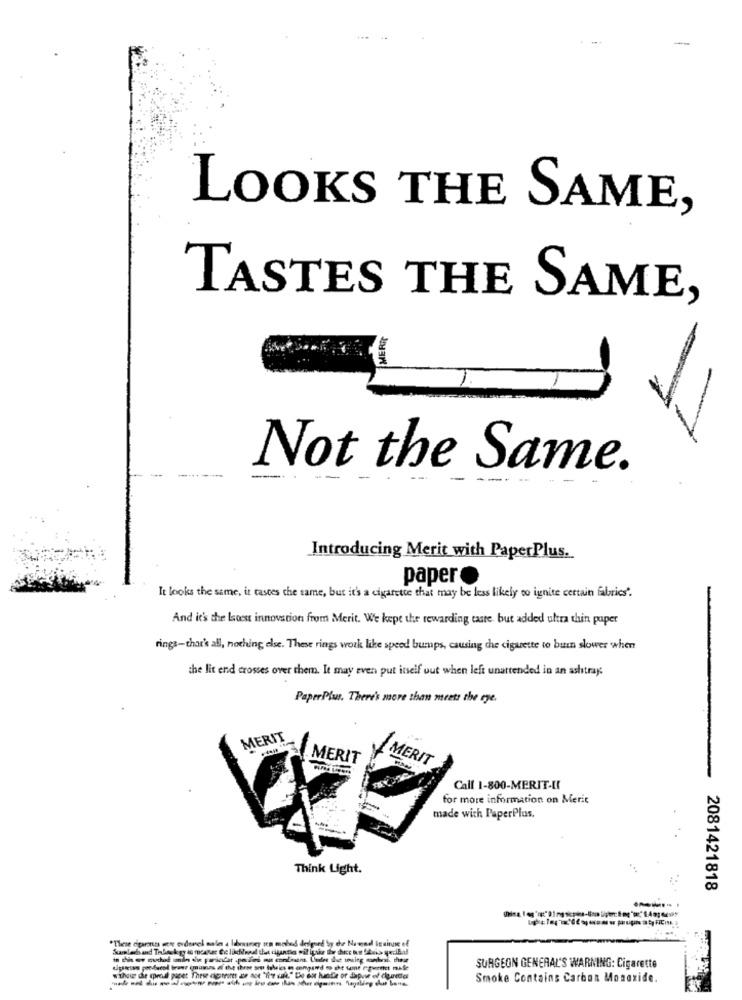
-
LOOKS THE SAME,
TASTES THE SAME,
MERRY
Not the Same.
Introducing Merit with PaperPlus.
paper
It looks the same, it casces the same, but it's a cigarette that may be less likely to ignite certain fabrics".
And it's the latest innovation from Merit. We kept the rewarding taste, but added ultra thin paper
rings-that's all, nothing else. These rings work like speed bumps, causing the cigarette to burn slower when
the lit end crosses over them. It may even put itself uut when left unattended in an ashtrays
PaperPlus. There's more than meets the eye.
MERIT
MERIT
MERIT
Call 1-800-MERIT-II
for more information on Merit
made with PaperPlus.
Think Light.
2081421818
SURGEON GENERAL'S WARNING: Cigarette
---------------
Smoke Contains Carbon Monoxide.